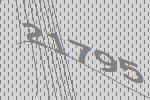
21795